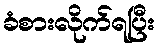
ခံစားလိုက်ရပြီး